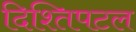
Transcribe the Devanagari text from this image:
दिश्तिपटल